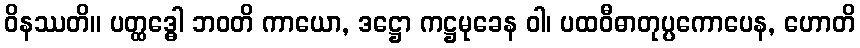
ဝိနဿတိ။ ပတ္ထဒ္ဓေါ ဘဝတိ ကာယော, ဒဋ္ဌော ကဋ္ဌမုခေန ဝါ၊ ပထဝီဓာတုပ္ပကောပေန, ဟောတိ